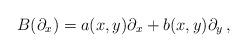
LaTeX: \begin{align*} B(\partial_x)= a(x,y)\partial_x+b(x,y)\partial_y\,,\end{align*}